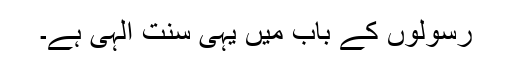
رسولوں کے باب میں یہی سنت الٰہی ہے۔